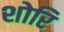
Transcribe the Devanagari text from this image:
शोरि